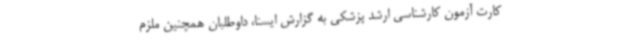
کارت آزمون کارشناسی ارشد پزشکی به گزارش ایسنا، داوطلبان همچنین ملزم